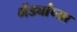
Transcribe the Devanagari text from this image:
भेंड्यांच्या